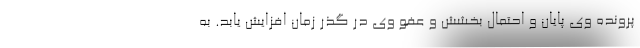
پرونده وی پایان و احتمال بخشش و عفو وی در گذر زمان افزایش یابد. به